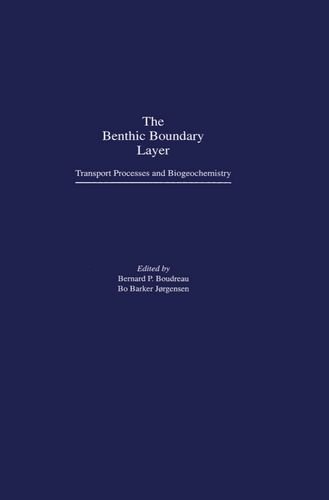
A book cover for The Benthic Boundary Layer: Transport Processes and Biogeochemistry; Science & Math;